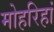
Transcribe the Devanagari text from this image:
मोहरिहां